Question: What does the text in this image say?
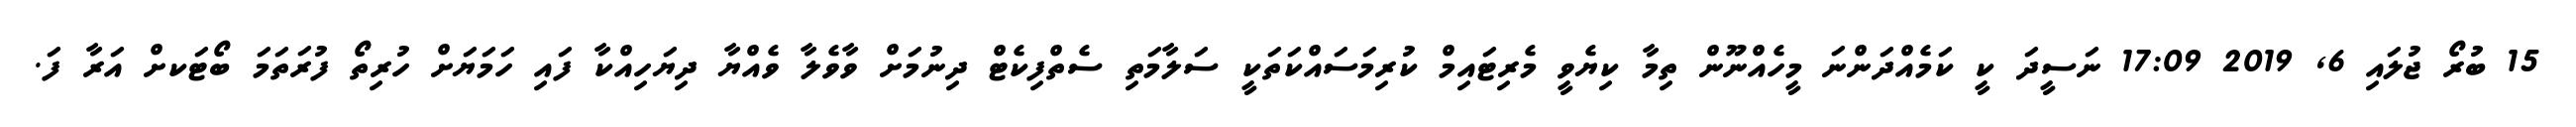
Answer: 15 ބުރޯ ޖުލައި 6, 2019 17:09 ނަސީދަ ކީ ކަމެއްދަންނަ މީހެއްނޫން ތިމާ ކިޔެވީ މެރިޓައިމް ކުރިމަސައްކަތަކީ ސަލާމަތި ސެތްފިކެޓް ދިނުމަށް ވާވެލާ ވެއްޔާ ދިޔަހިއްކާ ފައި ހަމަޔަށް ހުރިތޯ ފުރަތަމަ ބޯޓަކށް އަރާ ފަ.